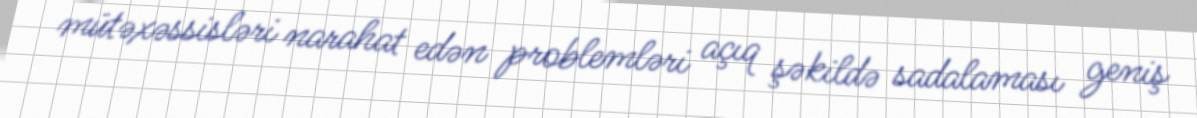
mütəxəssisləri narahat edən problemləri açıq şəkildə sadalaması geniş